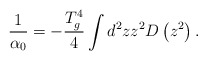
\begin{align*}\frac{1}{\alpha_0}=-\frac{T_g^4}{4}\int d^2zz^2D\left(z^2\right).\end{align*}